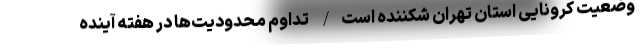
وضعیت کرونایی استان تهران شکننده است/ تداوم محدودیت‌ها در هفته آینده